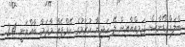
ބްލަޑް ޑޯނާސް ޖަމިއްޔާއިން ލޭ ހަދިޔާ ކުރުމުގެ ކޭމްޕެއް މާދަމާ ބާއްވަނީ 24